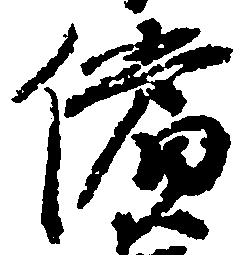
償